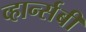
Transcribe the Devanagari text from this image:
व्हार्न्सबी